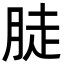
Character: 𦛣